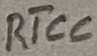
Text: RTCC